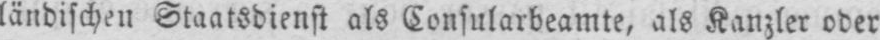
ländischen Staatsdienst als Consularbeamte, als Kanzler oder